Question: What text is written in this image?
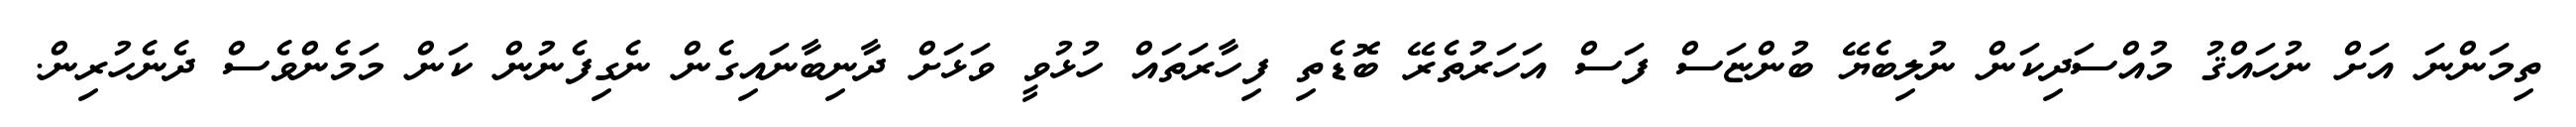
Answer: ތިމަންނަ އަށް ނުހައްޤު މުއްސަދިކަން ނުލިބެޔޭ ބުންޏަސް ފަސް އަހަރުތެރޭ ބޮޑެތި ފިހާރަތައް ހުޅުވީ ވަޅަށް ދާނިބާނައިގެން ނެގިފެނުން ކަން މަމެންވެސް ދެނެހުރިން.